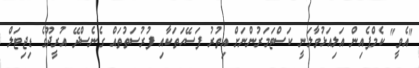
"އެވީ" ކެމްޕެއިން އަލިއަޅުވާލަނީ ކަސްޓަމަރުންނަށް އިތުރު ފަސޭހަތަކާއި ފުރުސަތުތައް ގެނެސްދޭ އުރީދޫގެ ޑިޖިޓަލް